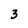
Character: 3